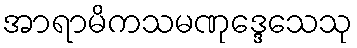
အာရာမိကသမဏုဒ္ဒေသေသု